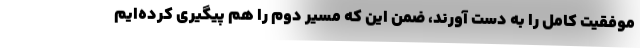
موفقیت کامل را به دست آورند، ضمن این که مسیر دوم را هم پیگیری کرده‌ایم